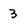
Character: 3